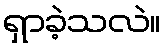
ရှာခဲ့သလဲ။